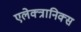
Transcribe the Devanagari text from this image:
एलेक्त्रानिक्स